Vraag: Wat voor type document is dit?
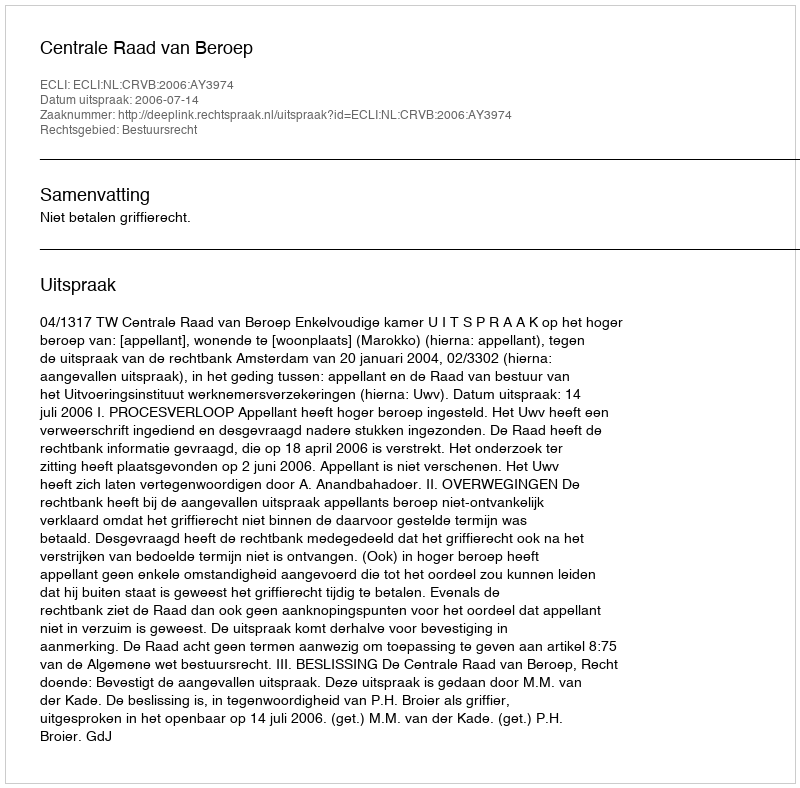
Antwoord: Uitspraak